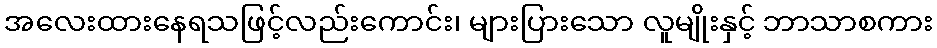
အလေးထားနေရသဖြင့်လည်းကောင်း၊ များပြားသော လူမျိုးနှင့် ဘာသာစကား